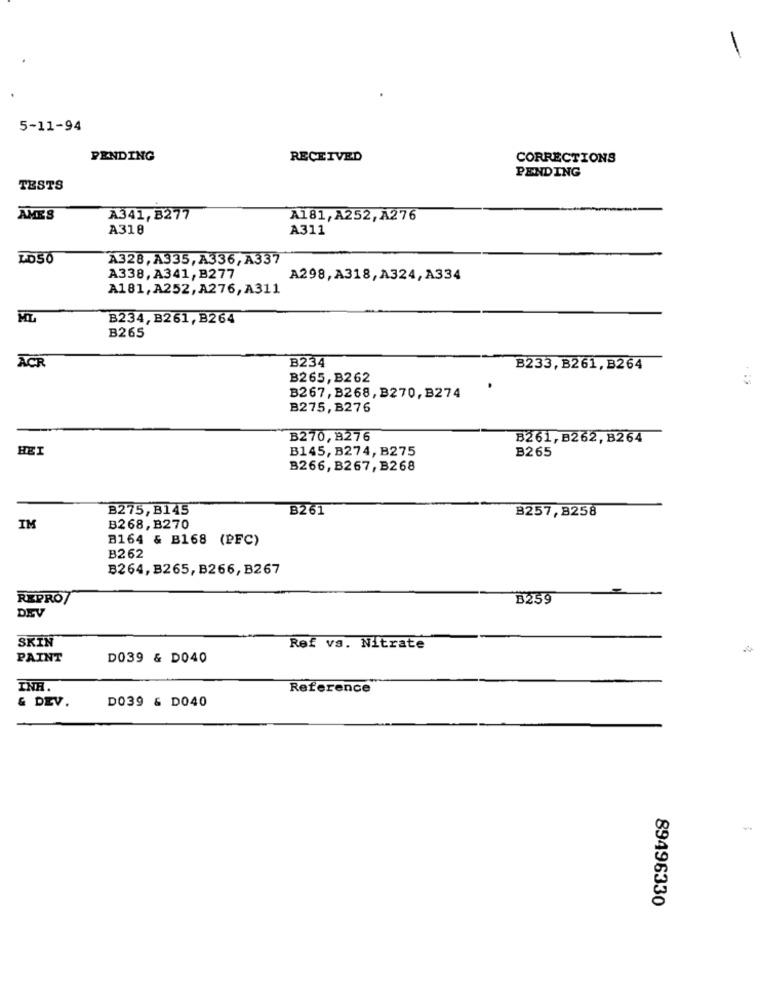
-
5-11-94
PENDING
RECEIVED
CORRECTIONS
PENDING
TESTS
AMES
A341, B277
A181, A252, A276
A310
A311
LO56
A328,A335,A336, A337
A338, A341, B277
A298,A318,A324,A334
A181,A252,A276,A311
ML
B234, B261, B264
B265
ACR
B234
B233, B261, B264
B265,B262
B267, B268, B270, B274
B275,B276
B270, 8276
B261, B262, B264
HEI
B145, B274, B275
B265
B266, B267, B268
B275, B145
B261
B257,8258
IM
B268,B270
B164 & B168 (PFC)
B262
B264, B265, B266, B267
REPRO
B259
DEV
SKIN
Ref vs. Nitrate
PAINT
D039 & D040
INH.
Reference
D039 & D040
& DEV.
89496330